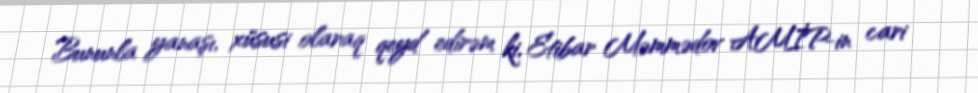
Bununla yanaşı, xüsusi olaraq qeyd edirəm ki, Etibar Məmmədov AMİP-in cari